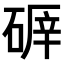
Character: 𥔈